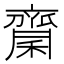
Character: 𪗉